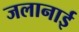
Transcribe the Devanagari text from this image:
जलानाई